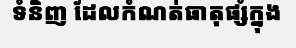
ទំនិញ ដែលកំណត់ធាតុផ្សំក្នុង